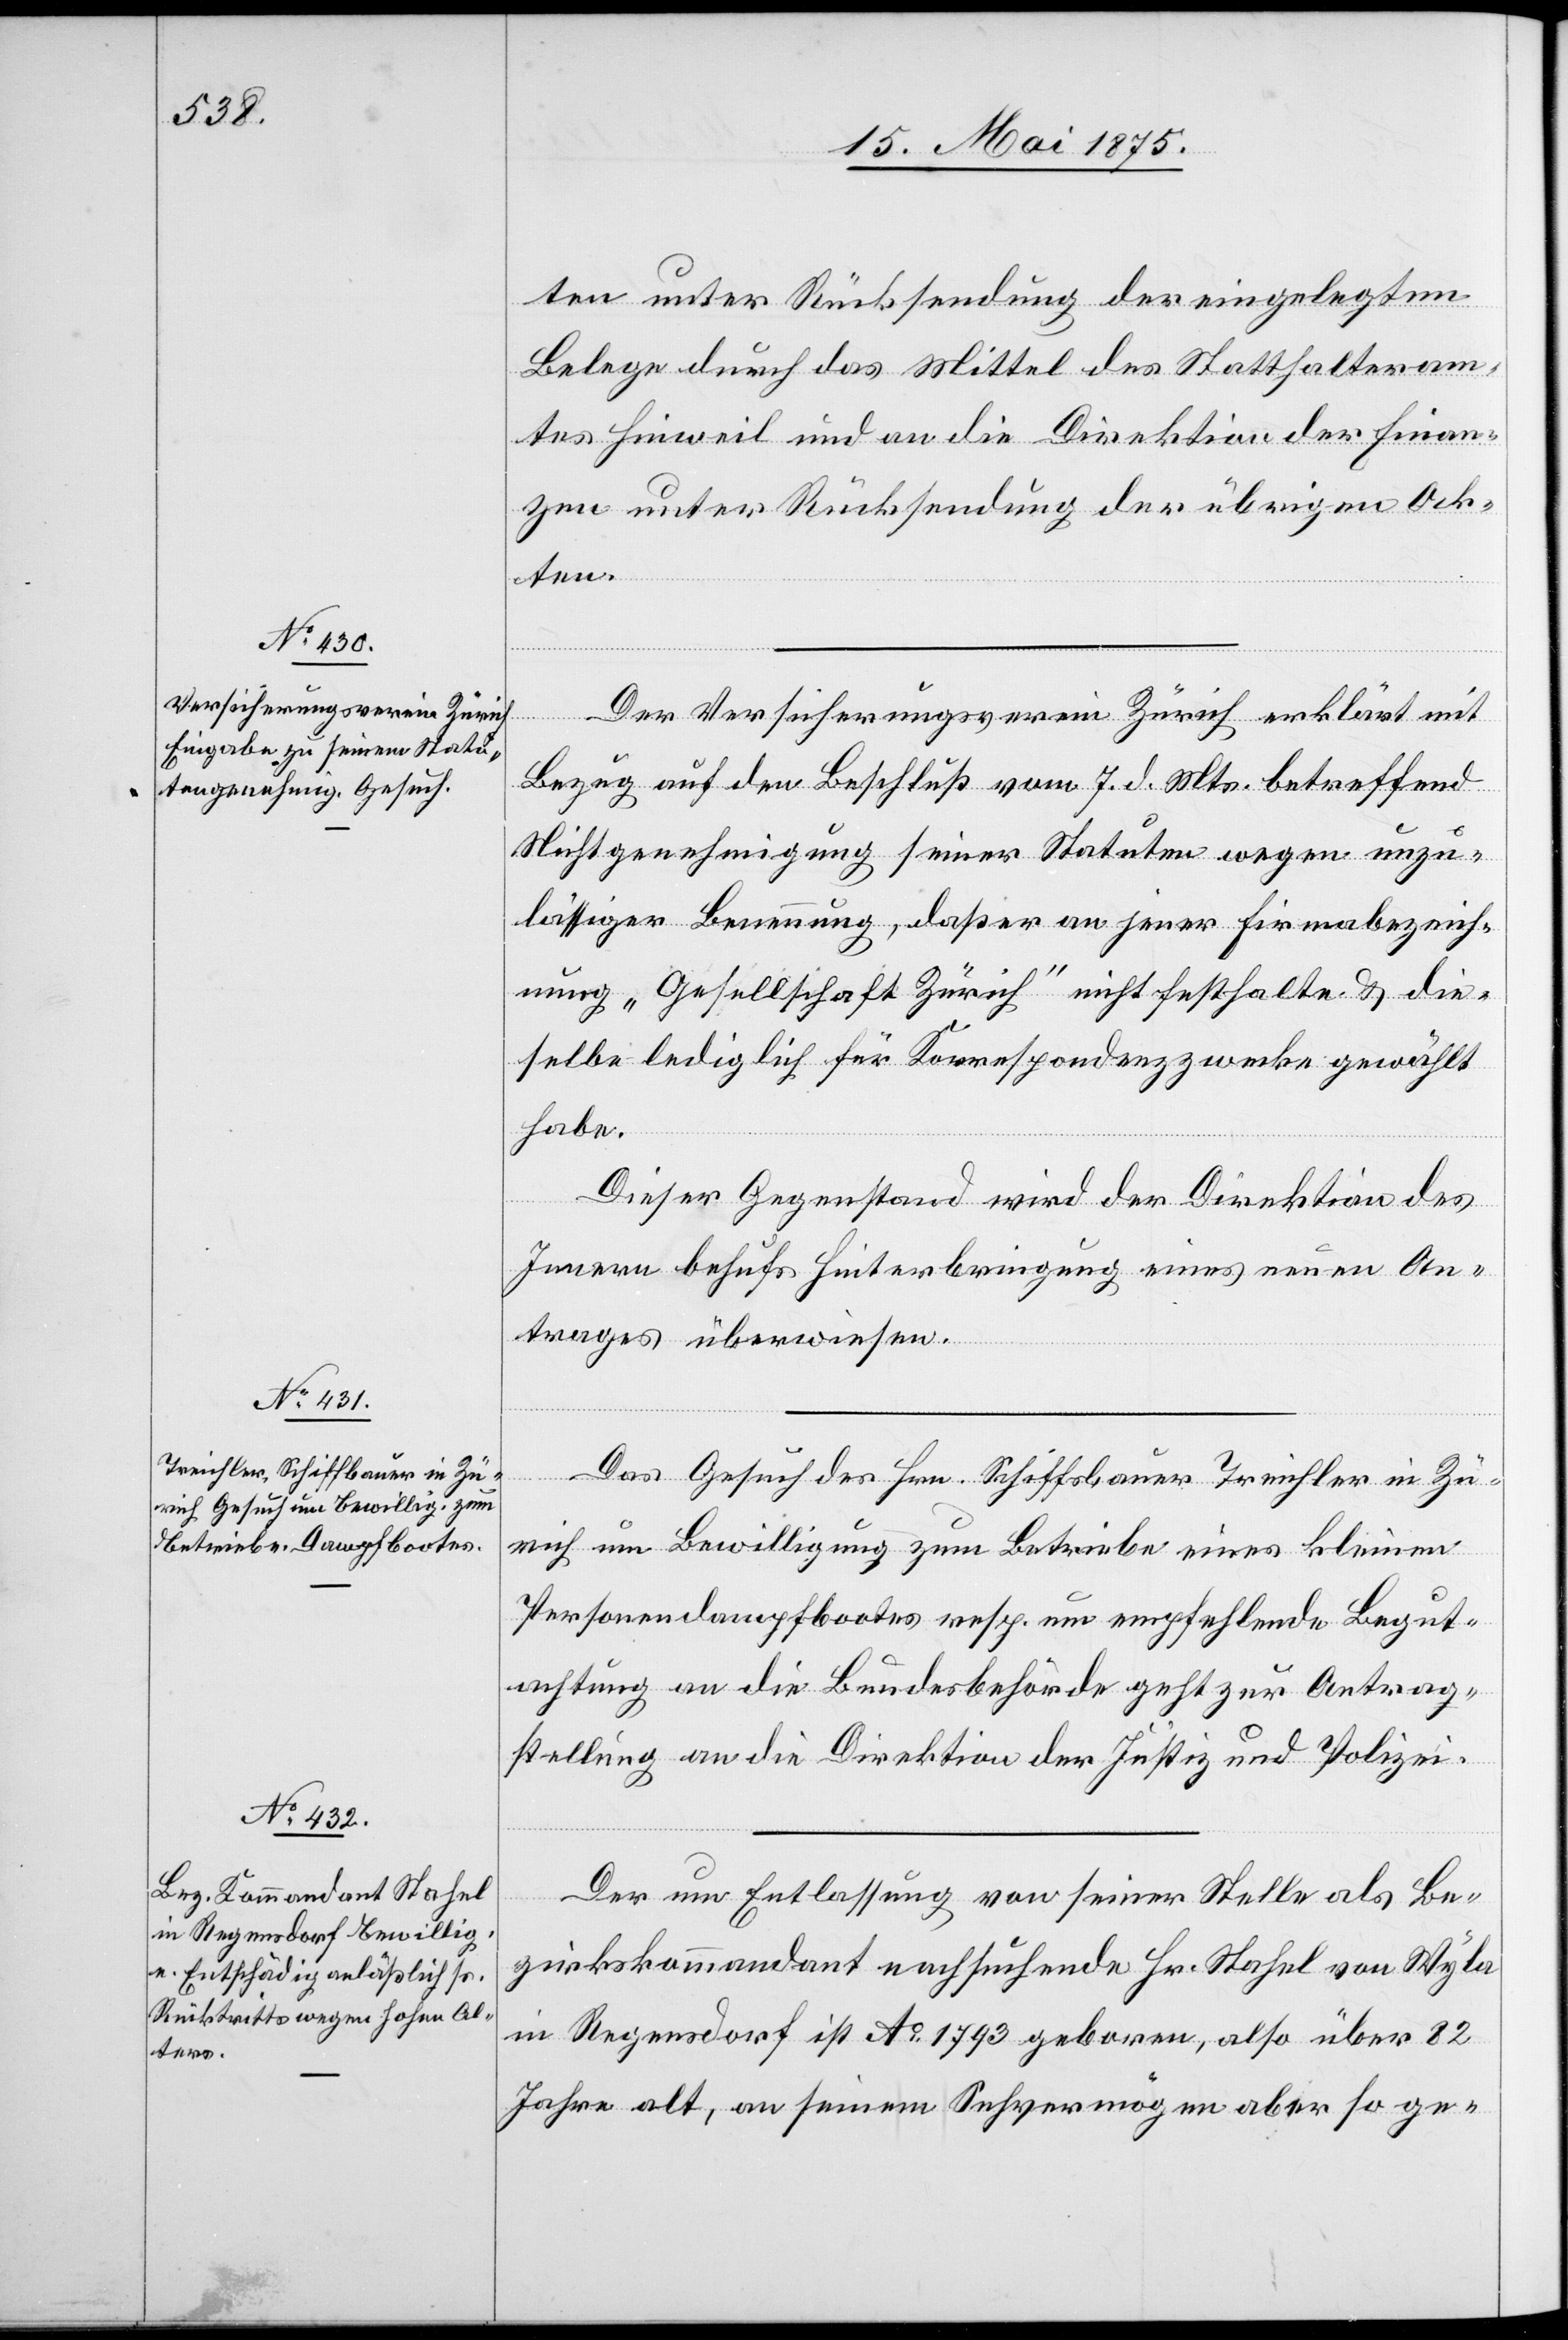
ten unter Rücksendung der eingelegten
Belege durch das Mittel des Statthalteram¬
tes Hinweil und an die Direktion der Finan¬
zen unter Rücksendung der übrigen Ak¬
ten.
Der Versicherungsverein Zürich erklärt mit
Bezug auf den Beschluß vom 7. d. Mts. betreffend
Nichtgenehmigung seiner Statuten wegen unzu¬
lässiger Benennung, daß er an jener Firmabezeich¬
nung „Gesellschaft Zürich“ nicht festhalte & die¬
selbe lediglich für Korrespondenzzwecke gewählt
habe.
Dieser Gegenstand wird der Direktion des
Innern behufs Hinterbringung eines neuen An¬
trages überwiesen.
Das Gesuch des Hrn. Schiffbauer Treichler in Zü¬
rich um Bewilligung zum Betriebe eines kleinen
Personaldampfbootes resp. um empfehlende Begut¬
achtung an die Bundesbehörde geht zur Antrag¬
stellung an die Direktion der Justiz und Polizei.
Der um Entlassung von seiner Stelle als Be¬
zirkskommandant nachsuchende Hr. Stahel von Wyla
in Regensdorf ist Ao 1793 geboren, also über 82
Jahre alt, an seinem Sehvermögen aber so ge-